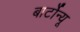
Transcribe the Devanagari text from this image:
बार्टोन्यू